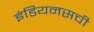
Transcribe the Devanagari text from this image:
इंडियनसची